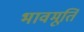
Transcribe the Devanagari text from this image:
भावमूर्ति